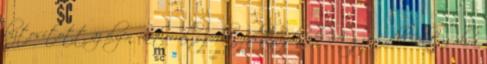
biztosított az ilyen motorral szerelt példányoknak. A gyorsabb váltásokra